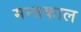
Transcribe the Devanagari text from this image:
मन्त्रकाल